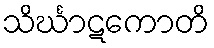
သိင်္ဃာဋကောတိ